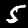
Label: 5